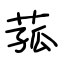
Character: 菰